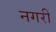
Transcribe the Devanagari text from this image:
नगरीं